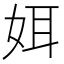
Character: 㛅